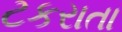
ટકરાતા